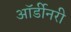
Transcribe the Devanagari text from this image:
ऑर्डीनरी